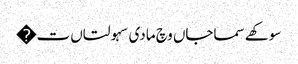
سوکھے سماجاں وچ مادی سہولتاں ت�